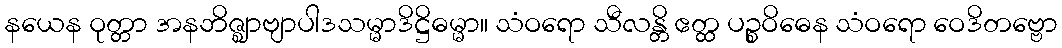
နယေန ဝုတ္တာ အနဘိဇ္ဈာဗျာပါဒသမ္မာဒိဋ္ဌိဓမ္မာ။ သံဝရော သီလန္တိ ဧတ္ထ ပဉ္စဝိဓေန သံဝရော ဝေဒိတဗ္ဗော